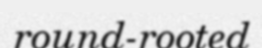
round-rooted